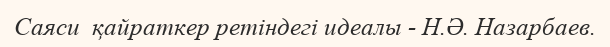
Саяси  қайраткер ретіндегі идеалы - Н.Ә. Назарбаев.